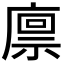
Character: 𢊬